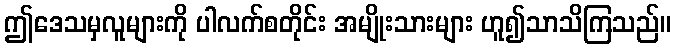
ဤဒေသမှလူများကို ပါလက်စတိုင်း အမျိုးသားများ ဟူ၍သာသိကြသည်။